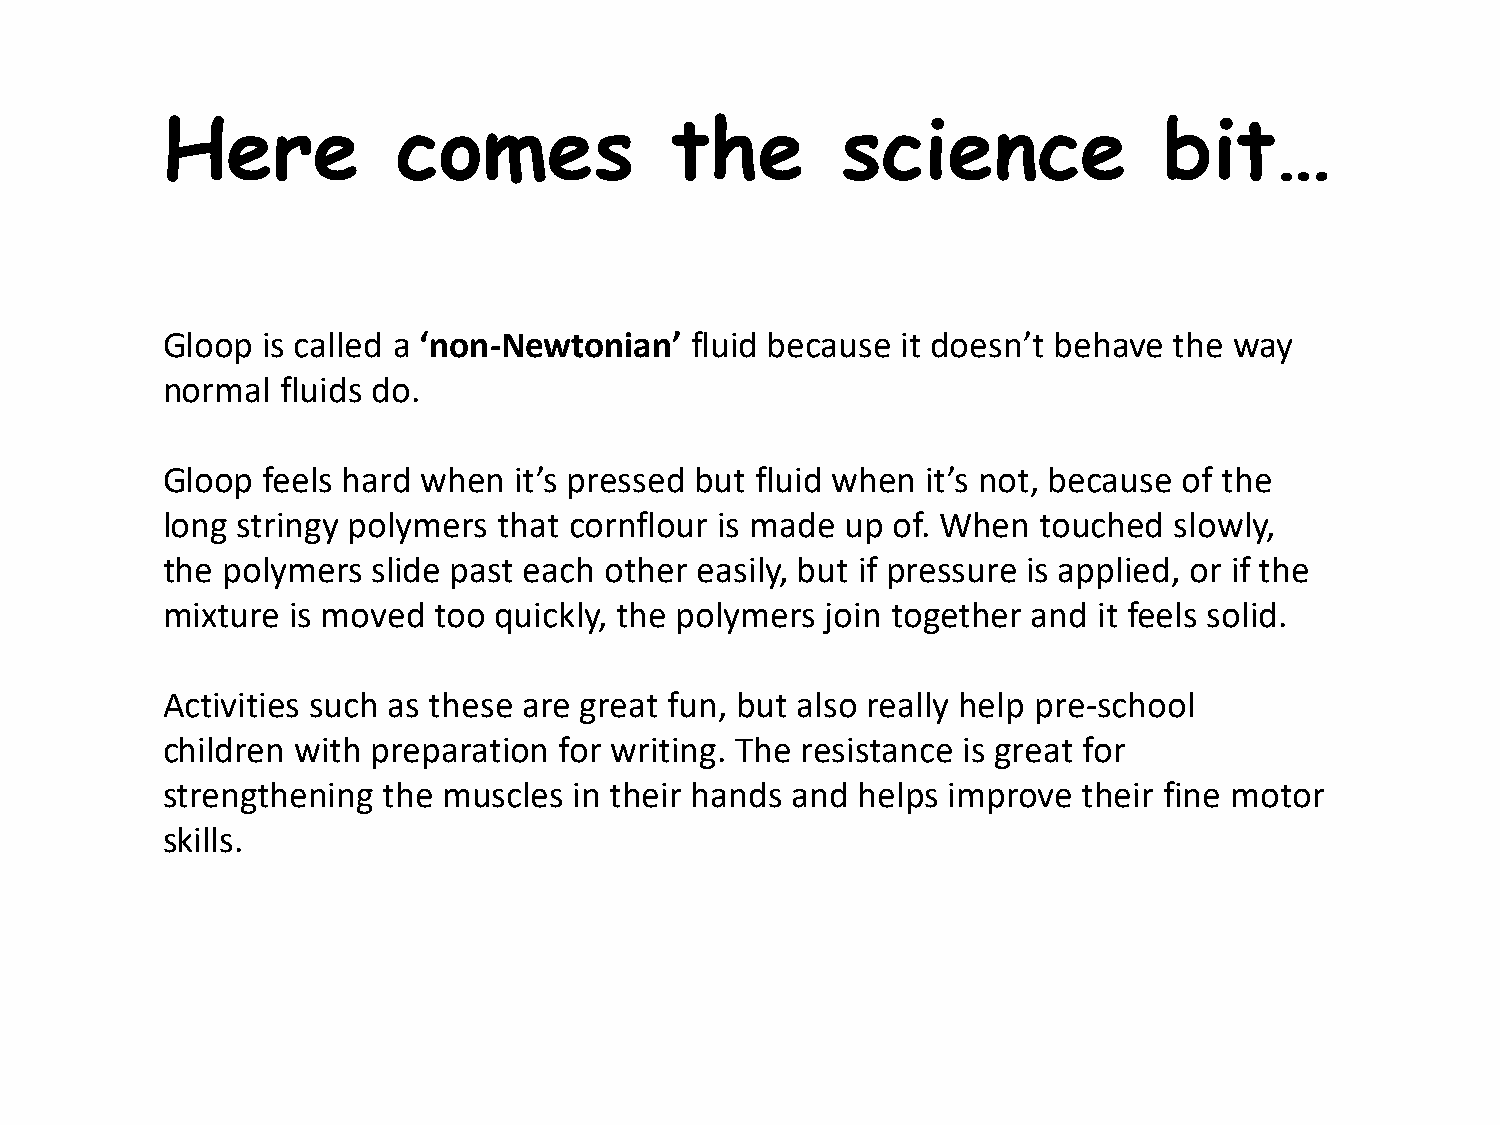
Here           comes             the         science              bit…
 Gloop is called a ‘non-Newtonian’  fluid because it doesn’t behave the way
 normal  fluids do.
 Gloop feels hard when  it’s pressed but fluid when it’s not, because of the
 long stringy polymers that cornflour is made up of. When  touched  slowly,
 the polymers  slide past each other easily, but if pressure is applied, or if the
 mixture is moved  too quickly, the polymers join together and it feels solid.
 Activities such as these are great fun, but also really help pre-school
 children with preparation for writing. The resistance is great for
 strengthening the muscles  in their hands and helps improve  their fine motor
 skills.